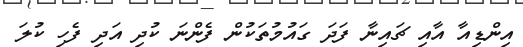
އިންޑިއާ އާއި ޗައިނާ ފަދަ ގައުމުތަކުން ފެންނަ ކުދި އަދި ފެހި ކުލަ